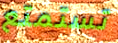
تستمتع